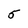
Character: 5